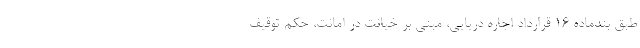
طبق بندماده 16 قرارداد اجاره دریایی، مبنی بر خیانت در امانت، حکم توقیف